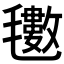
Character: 𭯫